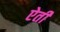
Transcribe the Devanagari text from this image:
ऐती